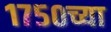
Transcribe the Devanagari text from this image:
१७५०च्या